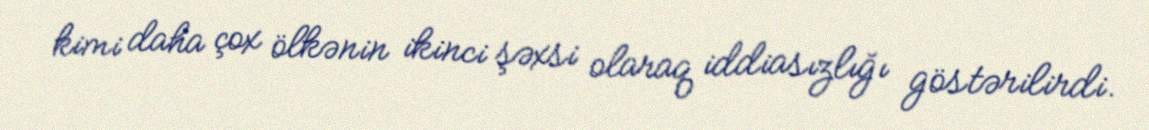
kimi daha çox ölkənin ikinci şəxsi olaraq iddiasızlığı göstərilirdi.